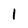
Character: 1